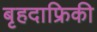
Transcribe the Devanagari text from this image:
बृहदाफ्रिकी